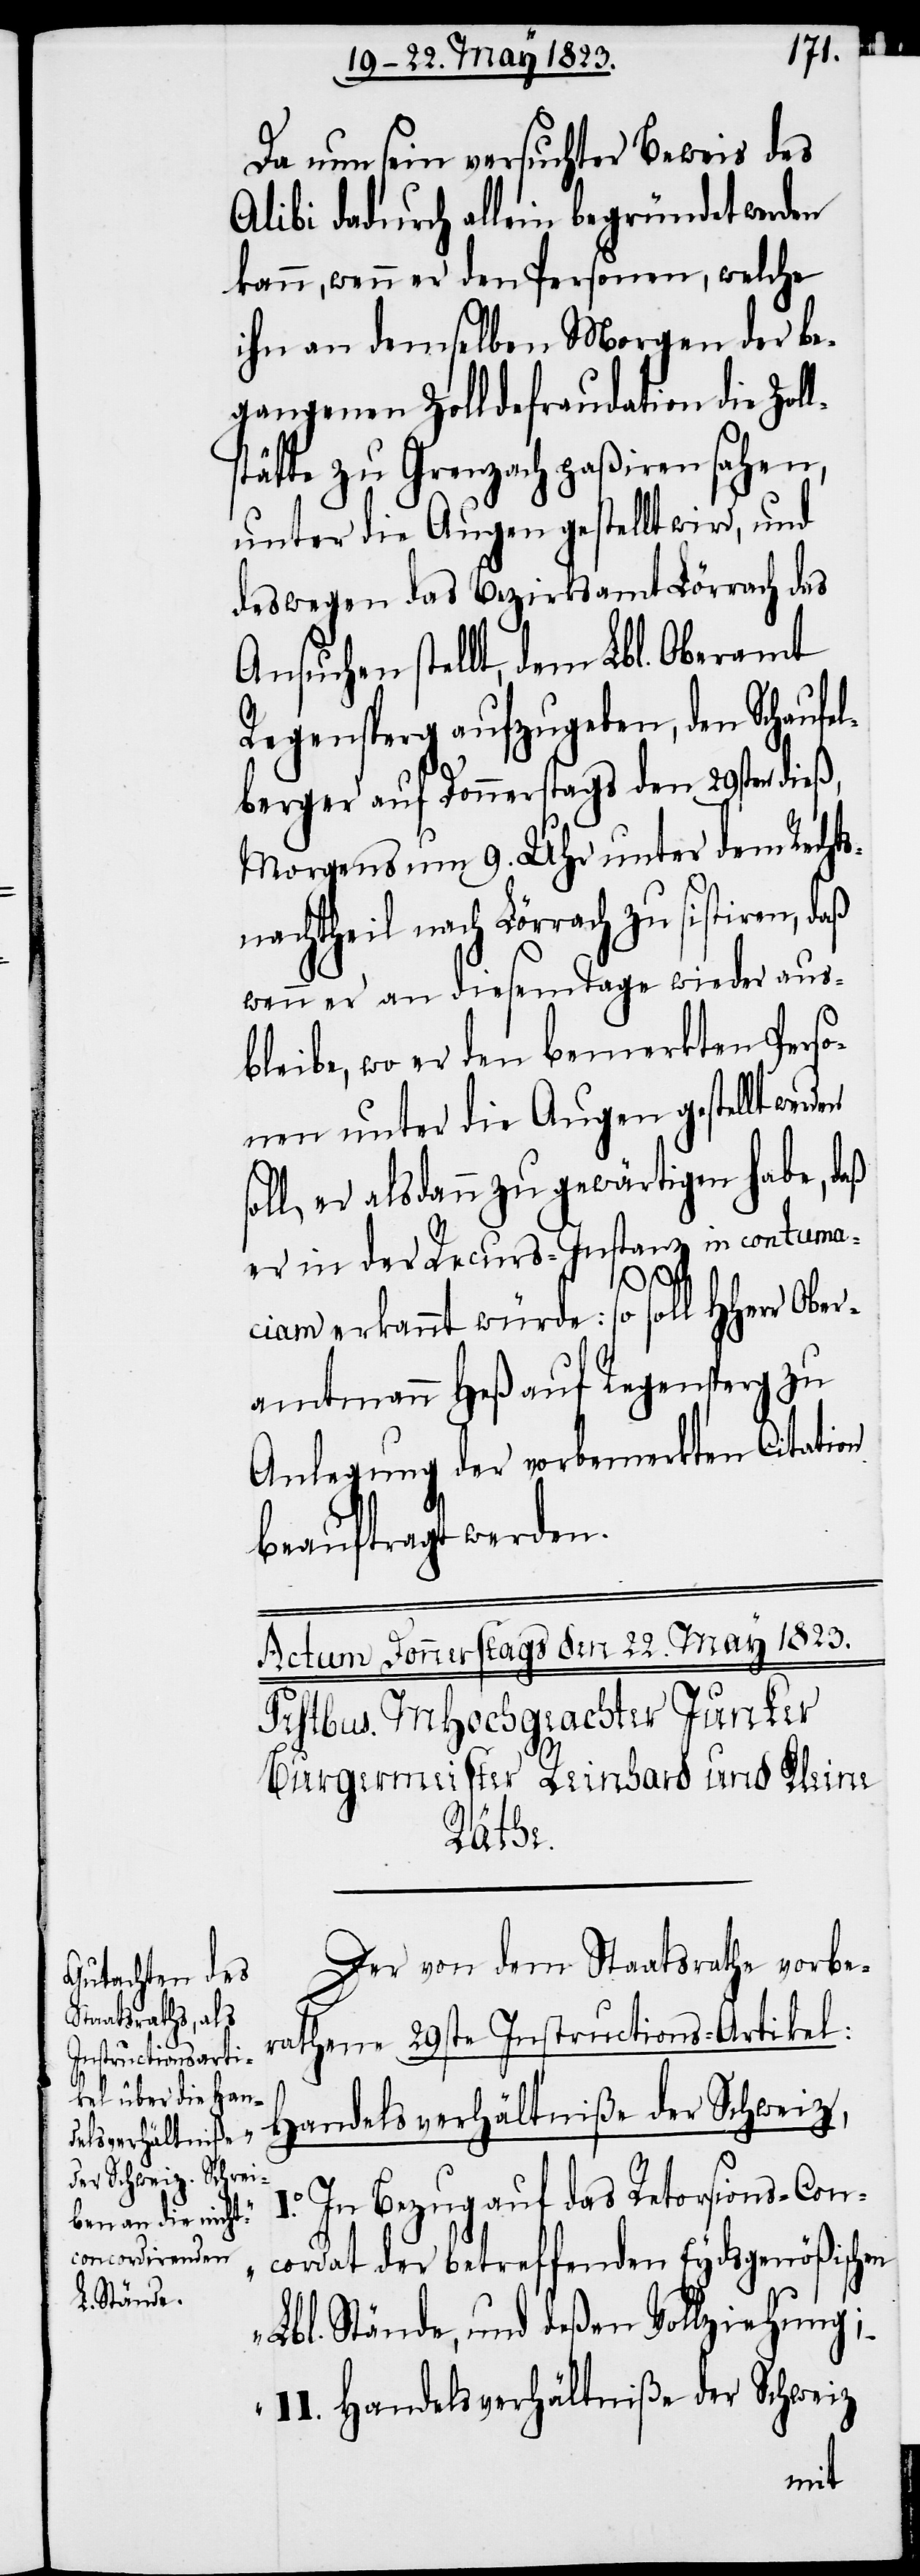
Da nun sein versuchter Beweis des
Alibi dadurch allein begründet werden
kann, wenn er den Personen, welche
ihn an demselben Morgen der be¬
gangenen Zolldefraudation die Zol¬
stätte zu Grenzach paßiren sahen,
unter die Augen gestellt wird, und
deswegen das Bezirksamt Lörrach das
Ansuchen stellt, dem Lbl. Oberamt
Regensperg aufzugeben, den Schaufe¬
lberger auf Donnerstags den 29sten dieß,
Morgens um 9. Uhr unter dem Rechts¬
nachtheil nach Lörrach zu sistiren, daß
wenn er an diesem Tage wieder aus¬
bleibe, wo er den bemerkten Perso¬
nen unter die Augen gestellt werd¬
oll, er alsdann zu gewärtigen habe, daß
er in der Recurs-Instanz in contuma¬
ciam erkannt würde: so soll HHerr Ober¬
amtmann Heß auf Regensperg zu
Anlegung der vorbemerkten Citation
beauftragt werden.
l¬
Der von dem Staatsrathe vorbe¬
rathene 29ste Instructions-Artikel:
Handelsverhältniße der Schweiz,
In Bezug auf das Retorsions-Con¬
cordat der betreffenden Eydsgenößischen
Lbl. Stände, und deßen Vollziehung;
II. Handelsverhältniße der Schweiz
en s¬